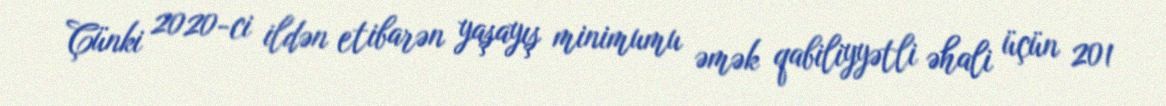
Çünki 2020-ci ildən etibarən yaşayış minimumu əmək qabiliyyətli əhali üçün 201